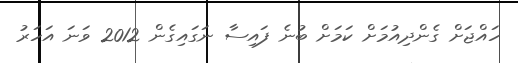
ހައްޖަށް ގެންދިއުމަށް ކަމަށް ބުނެ ފައިސާ ނަގައިގެން 2012 ވަނަ އަހަރު